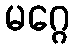
မဂ္ဂေ